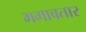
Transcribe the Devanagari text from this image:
भगावतार